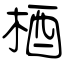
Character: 梄